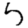
Digit: 5